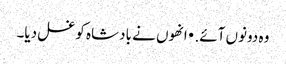
وہ دونوں آئے. • انھوں نے بادشاہ کو غسل دیا۔